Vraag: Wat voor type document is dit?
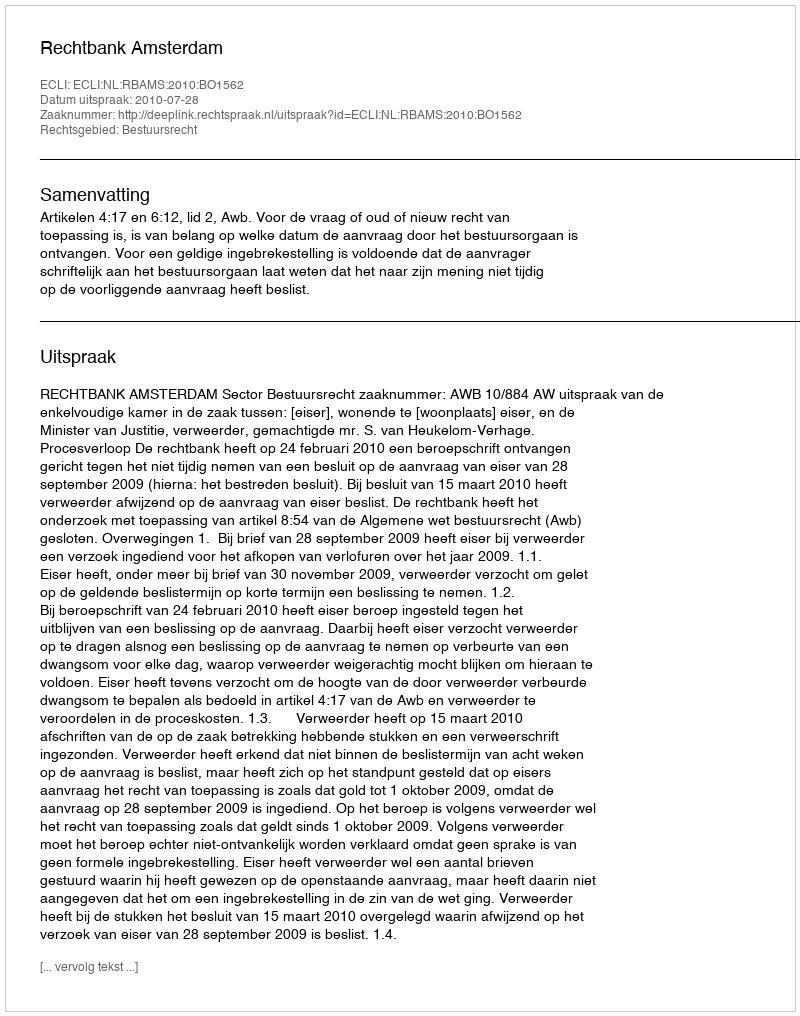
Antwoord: Uitspraak